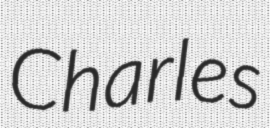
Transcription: Charles